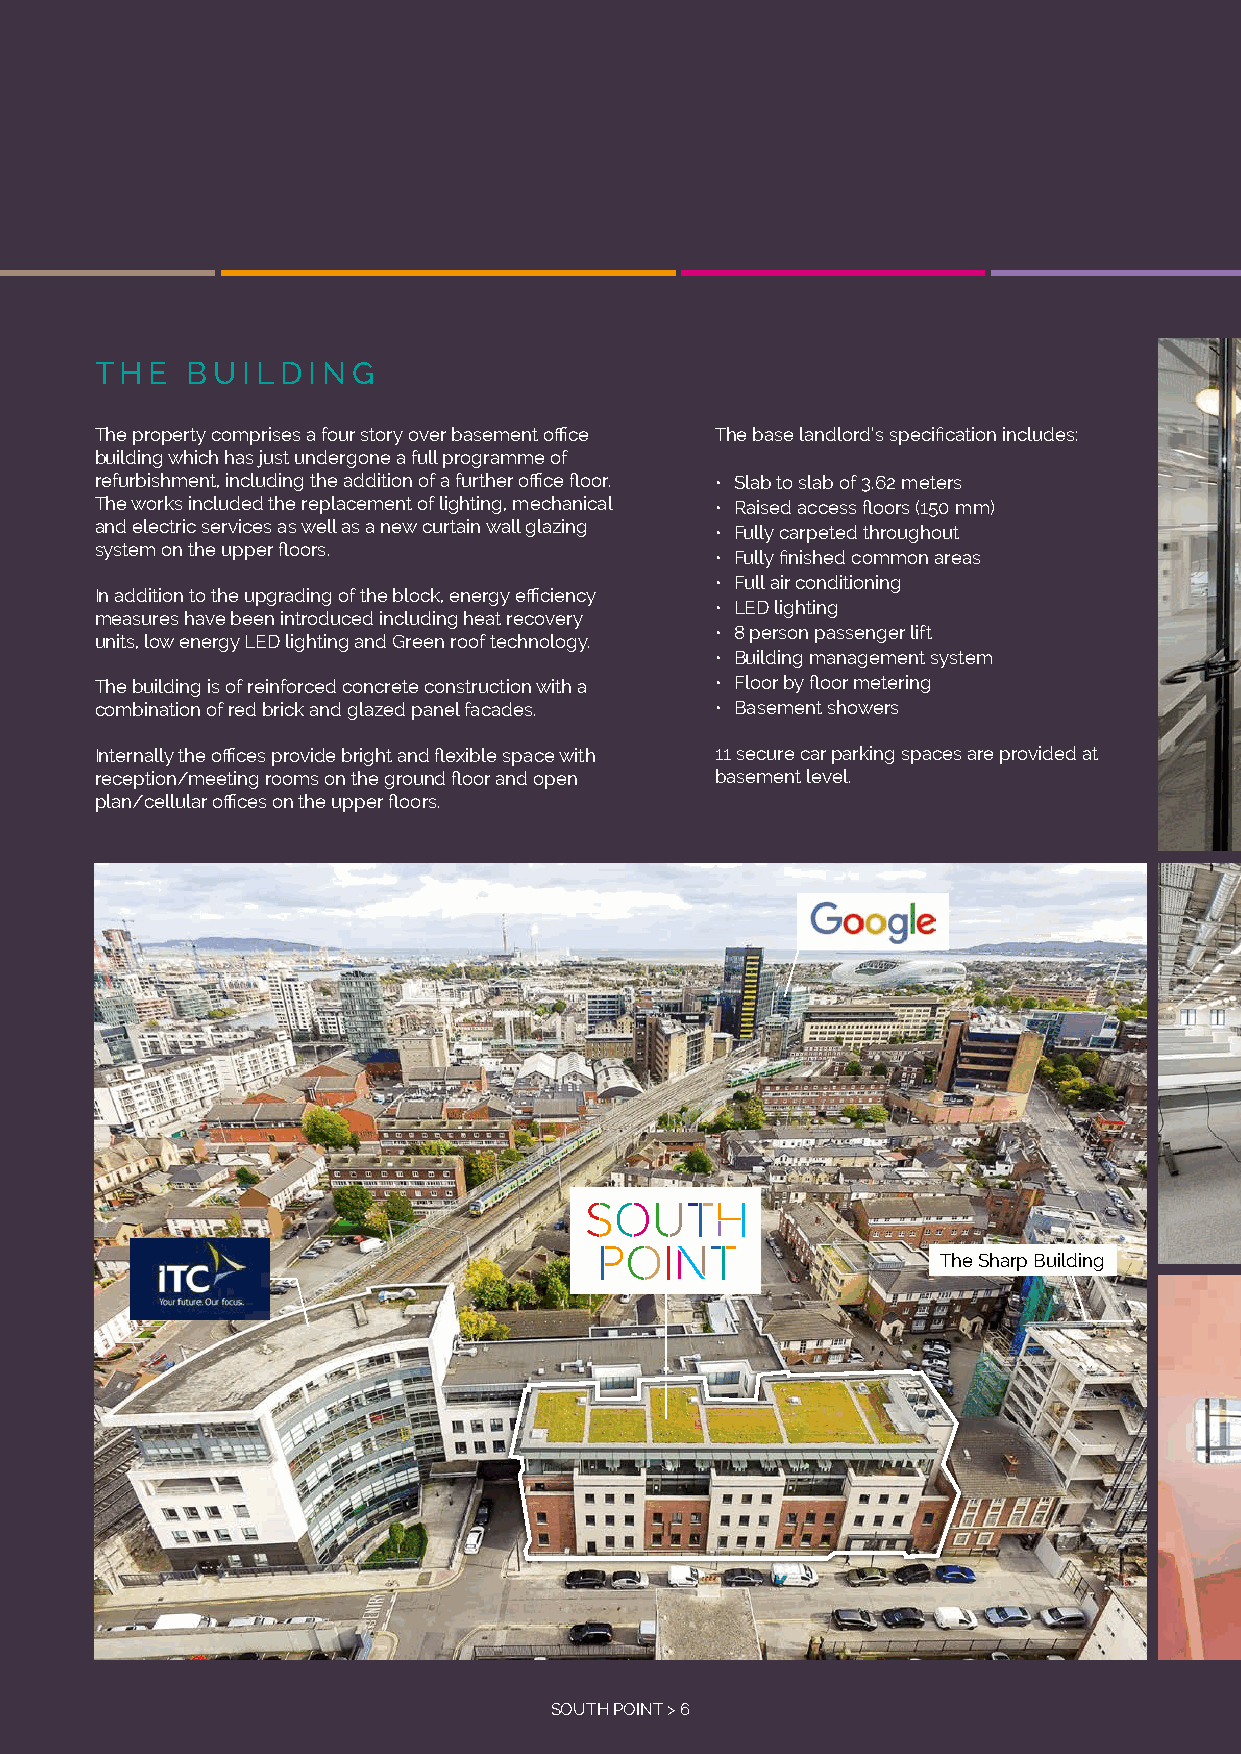
THE   BUILDING
 The property comprises a four story over basement office The base landlord’s specification includes:
 building which has just undergone a full programme of
 refurbishment, including the addition of a further office floor. • Slab to slab of 3.62 meters
 The works included the replacement of lighting, mechanical • Raised access floors (150 mm)
 and electric services as well as a new curtain wall glazing • Fully carpeted throughout
 system on the upper floors.
 • Fully finished common areas
 • Full air conditioning
 In addition to the upgrading of the block, energy efficiency
 • LED lighting
 measures have been introduced including heat recovery
 • 8 person passenger lift
 units, low energy LED lighting and Green roof technology.
 • Building management system
 The building is of reinforced concrete construction with a • Floor by floor metering
 combination of red brick and glazed panel facades. • Basement showers
 Internally the offices provide bright and flexible space with 11 secure car parking spaces are provided at
 reception/meeting rooms on the ground floor and open basement level.
 plan/cellular offices on the upper floors.
 The Sharp Building
 SOUTH POINT > 6